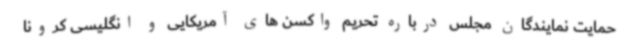
حمایت نمایندگان مجلس درباره تحریم واکسن های آمریکایی و انگلیسی کرونا